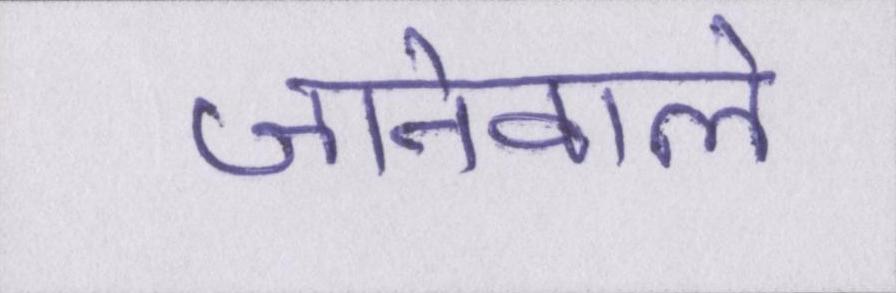
जानेवाले